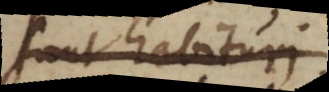
sunt habituri.